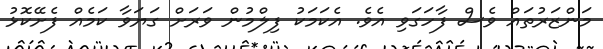
މަންޒަރުތައް ވެސް ފާހަގަވި އެވެ. އެކަމަކު ފިލްމުން ވަރަށް ގަޔަވާ ކަމެއް ފެށޭކޮޅު